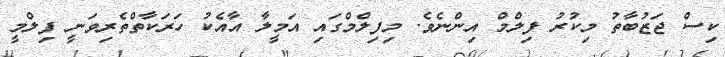
ކިސް ޖަޒުބާތު މިކުރު ފިލްމް އިންނެވެ. މިފިލްމްގައި އަމީލާ އާއެކު ހަރަކާތްތެރިވަނީ ފިލްމީ